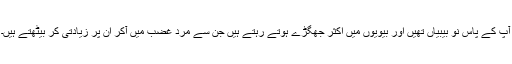
آپ کے پاس نو بیبیاں تھیں اور بیویوں میں اکثر جھگڑے ہوتے رہتے ہیں جن سے مرد غضب میں آکر ان پر زیادتی کر بیٹھتے ہیں۔